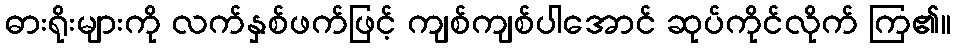
ဓားရိုးများကို လက်နှစ်ဖက်ဖြင့် ကျစ်ကျစ်ပါအောင် ဆုပ်ကိုင်လိုက် ကြ၏။